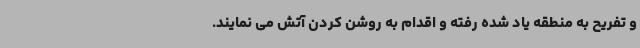
و تفریح به منطقه یاد شده رفته و اقدام به روشن کردن آتش می نمایند.